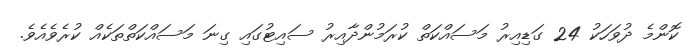
ކޮންމެ ދުވަހަކު 24 ގަޑިއިރު މަސައްކަތް ކުރަމުންދާއިރު ސައިޓުގައި ގިނަ މަސައްކަތްތަކެއް ކުރެވެއެވެ.